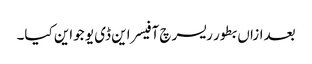
بعدازاں بطور ریسرچ آفیسر این ڈی یو جواین کیا۔